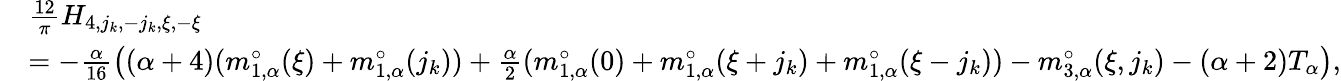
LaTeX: \begin{array}{rl}&{\frac{12}\pi H_{4,j_{k},-j_{k},\xi,-\xi}}\\ &{=-\frac{\alpha}{16}\left(({\alpha+4})(m_{1,\alpha}^{\circ}(\xi)+m_{1,\alpha}^{\circ}(j_{k}))+\frac{\alpha}{2}(m_{1,\alpha}^{\circ}(0)+m_{1,\alpha}^{\circ}(\xi+j_{k})+m_{1,\alpha}^{\circ}(\xi-j_{k}))-m_{3,\alpha}^{\circ}(\xi,j_{k})-(\alpha+2)T_{\alpha}\right),}\end{array}